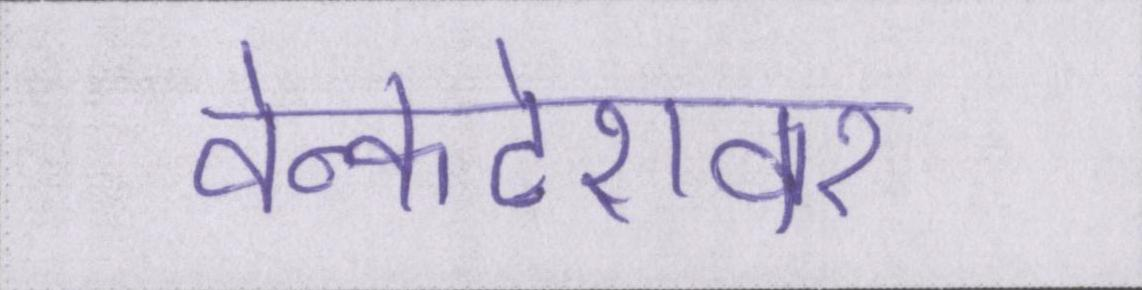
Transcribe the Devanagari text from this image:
वेन्कटेशवर